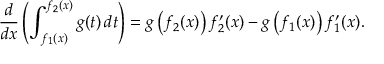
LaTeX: { \frac { d } { d x } } \left( \int _ { f _ { 1 } ( x ) } ^ { f _ { 2 } ( x ) } g ( t ) \, d t \right) = g \left( f _ { 2 } ( x ) \right) { f _ { 2 } ^ { \prime } ( x ) } - g \left( f _ { 1 } ( x ) \right) { f _ { 1 } ^ { \prime } ( x ) } .